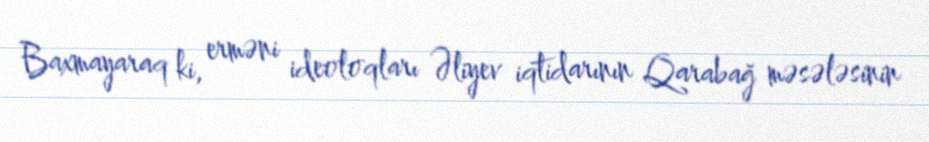
Baxmayaraq ki, erməni ideoloqları Əliyev iqtidarının Qarabağ məsələsinin